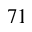
^ Ḋ 7 1 Ḍ